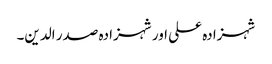
شہزادہ علی اور شہزادہ صدر الدین۔